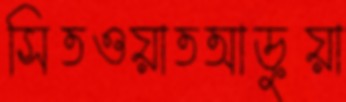
সিতওয়াতআড়ুয়া